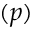
( p )